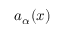
a _ { \alpha } ( x )